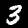
Digit: 3